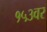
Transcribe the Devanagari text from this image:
१५३वर